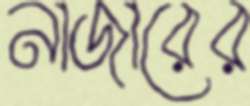
নাজারের